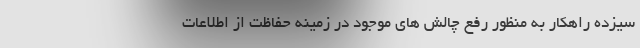
سیزده راهکار به منظور رفع چالش های موجود در زمینه حفاظت از اطلاعات